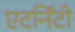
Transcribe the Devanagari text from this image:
एटर्निंटी